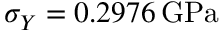
\sigma _ { Y } = 0 . 2 9 7 6 \, \mathrm { G P a }